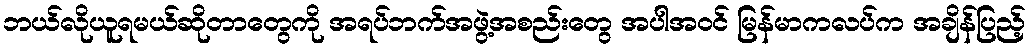
ဘယ်လိုယူရမယ်ဆိုတာတွေကို အရပ်ဘက်အဖွဲ့အစည်းတွေ အပါအဝင် မြန်မာကလပ်က အချိန်ပြည့်